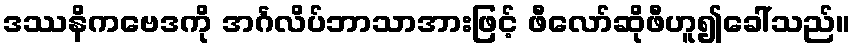
ဒဿနိကဗေဒကို အင်္ဂလိပ်ဘာသာအားဖြင့် ဖီလော်ဆိုဖီဟူ၍ခေါ်သည်။